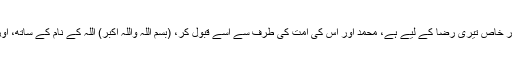
یہ قربانی تیری ہی عطا ہے، اور خاص تیری رضا کے لیے ہے، محمد اور اس کی امت کی طرف سے اسے قبول کر، (بسم اللہ واللہ اکبر) اللہ کے نام کے ساتھ، اور اللہ بہت بڑا ہے“ پھر ذبح کیا۔